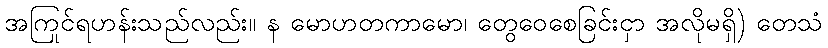
အကြင်ရဟန်းသည်လည်း။ န မောဟတုကာမော၊ တွေဝေစေခြင်းငှာ အလိုမရှိ) တေသံ